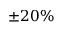
\pm 2 0 \%